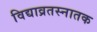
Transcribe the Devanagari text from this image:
विद्याव्रतस्नातक